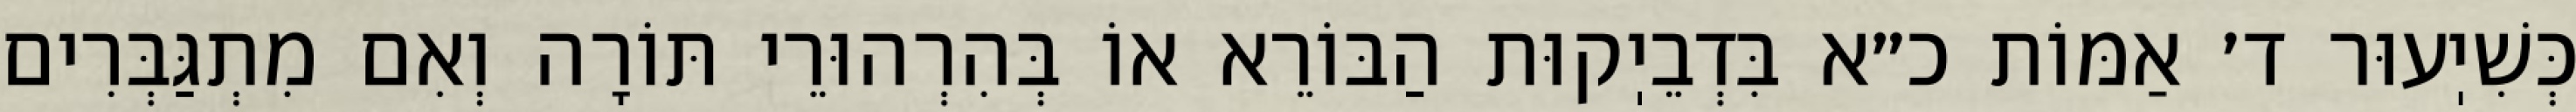
כְּשִׁיֽעוּר ד׳ אַמּוֹת כ״א בִּדְבֵיֽקוּת הַבּוֹרֵא אוֹ בְּהִרְהוּרֵי תּוֹרָה וְאִם מִתְגַּבְּרִים